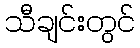
သီချင်းတွင်